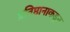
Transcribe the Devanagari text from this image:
प्रतिष्ठानाकडून